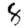
Digit: 8